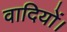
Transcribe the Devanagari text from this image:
वादियों।